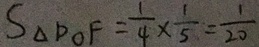
S _ { \Delta } D O F = \frac { 1 } { 4 } \times \frac { 1 } { 5 } = \frac { 1 } { 2 0 }